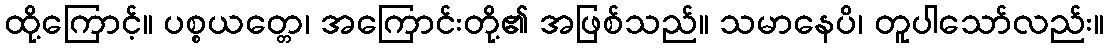
ထို့ကြောင့်။ ပစ္စယတ္တေ၊ အကြောင်းတို့၏ အဖြစ်သည်။ သမာနေပိ၊ တူပါသော်လည်း။